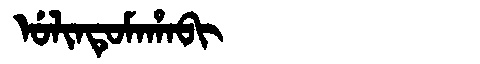
Manchu: ᡠᠯᡳᠨᡨᡠᠮᠠᡥᠠᠪᡳ
Romanization: ULINTUMAHABI